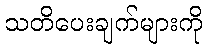
သတိပေးချက်များကို